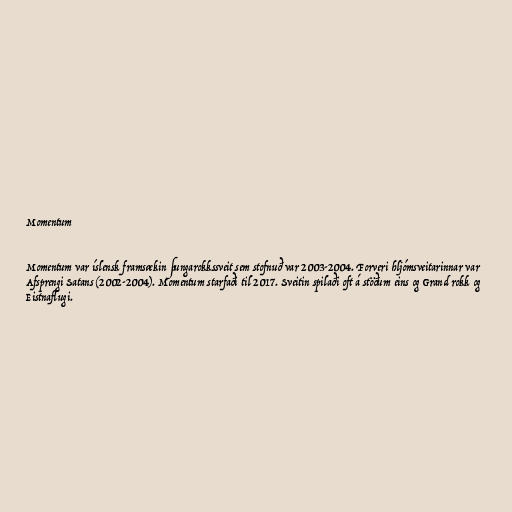
Momentum

Momentum var íslensk framsækin þungarokkssveit sem stofnuð var 2003-2004. Forveri hljómsveitarinnar var
Afsprengi Satans (2002-2004). Momentum starfaði til 2017. Sveitin spilaði oft á stöðum eins og Grand rokk og
Eistnaflugi.